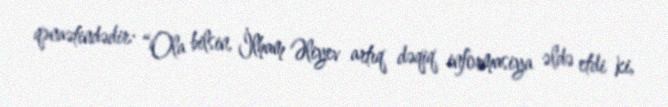
qənaətindədir: “Ola bilsin, İlham Əliyev artıq dəqiq informasiya əldə etdi ki,